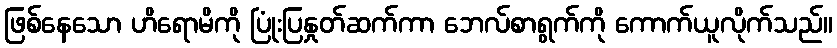
ဖြစ်နေသော ဟိရောမိကို ပြုံးပြနှုတ်ဆက်ကာ ဘေလ်စာရွက်ကို ကောက်ယူလိုက်သည်။